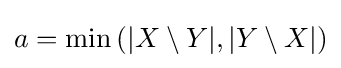
a=\min \left(|X\setminus Y|,|Y\setminus X|\right)